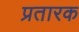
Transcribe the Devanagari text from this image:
प्रतारक